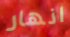
انهار